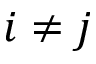
i \neq j